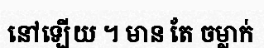
នៅឡើយ ។ មាន តែ ចម្លាក់